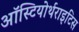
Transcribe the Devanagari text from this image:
ऑस्टियोर्थराइटिस